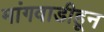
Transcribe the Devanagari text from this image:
मांगवाडीहून